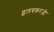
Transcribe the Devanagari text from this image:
इलचकरंजी